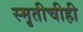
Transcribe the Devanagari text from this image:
स्मृतीचीही